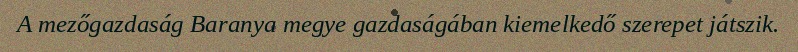
A mezőgazdaság Baranya megye gazdaságában kiemelkedő szerepet játszik.